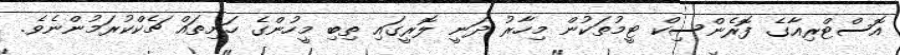
އޮސްޓްރިއާގެ ފޮރެންސިކް ޓީމުތަކުން މިހާރު ދަނީ ލޮރީގައި ތިބި މީހުންގެ ހަށިތައް ޗެކްކުރަމުންނެވެ.